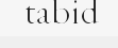
tabid